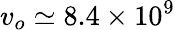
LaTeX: v_{o}\simeq 8.4\times 10^{9}